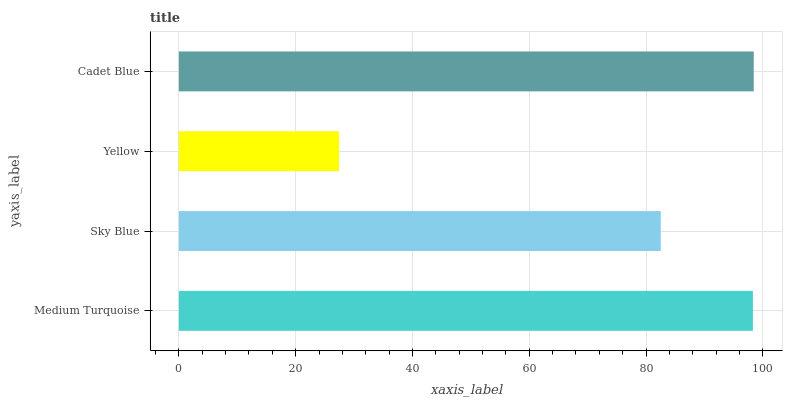
| yaxis_label | bars |
 | --- | --- |
 | Medium Turquoise | 98.3 |
 | Sky Blue | 82.5 |
 | Yellow | 27.4 |
 | Cadet Blue | 98.4 |